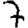
Digit: 7